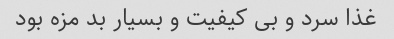
غذا سرد و بی کیفیت و بسیار بد مزه بود